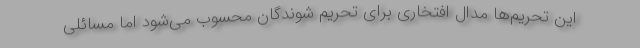
این تحریم‌ها مدال افتخاری برای تحریم شوندگان محسوب می‌شود اما مسائلی